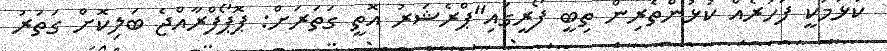
ކުޅުމަކީ ފަހުރެއް ކުޅުންތެރިން ތިބީ ފޯރީގައި"ޕްރެޝަރު އޮތީ ގަތަރަށް: ޕޮޕޯފްރާއްޖެ ބަލިކޮށް ގަތަރު